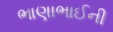
ભાણાભાઈની